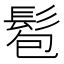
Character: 髱